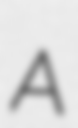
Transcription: A